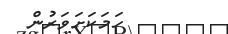
ހަމަކަށަވަރުން